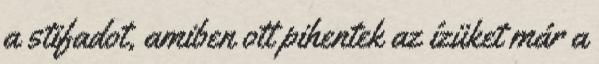
a stifadot, amiben ott pihentek az ízüket már a